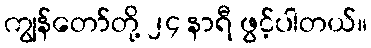
ကျွန်တော်တို့ ၂၄ နာရီ ဖွင့်ပါတယ်။